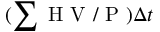
( \sum \mathrm { ~ H ~ V ~ } / \mathrm { ~ P ~ } ) \Delta t